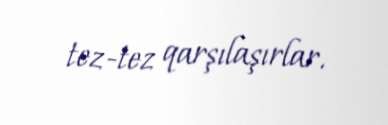
tez-tez qarşılaşırlar.